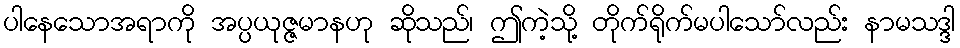
ပါနေသောအရာကို အပ္ပယုဇ္ဇမာနဟု ဆိုသည်၊ ဤကဲ့သို့ တိုက်ရိုက်မပါသော်လည်း နာမသဒ္ဒါ